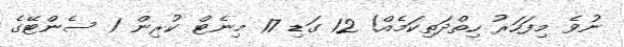
ނުވެ މިފަހަރު ހިތްދަތިކަމެއް! 12 ގަޑި 17 މިނެޓް ކުރިން 1 ސެންޓޭގެ